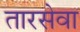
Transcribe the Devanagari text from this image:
तारसेवा